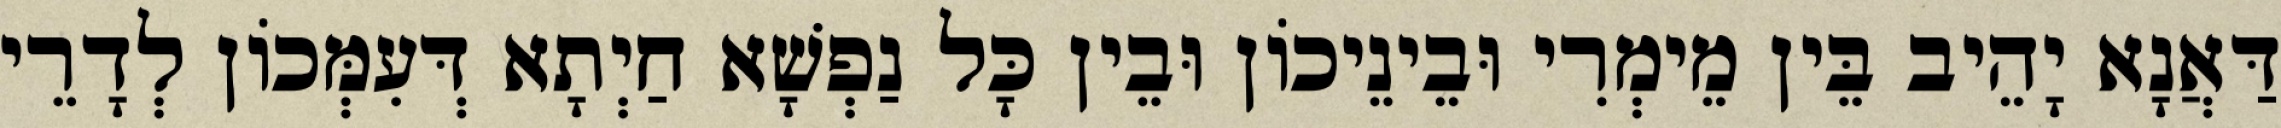
דַּאֲנָא יָהֵיב בֵּין מֵימְרִי וּבֵינֵיכוֹן וּבֵין כָּל נַפְשָׁא חַיְתָא דְּעִמְּכוֹן לְדָרֵי